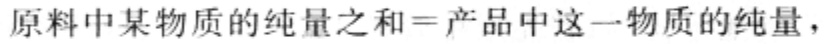
原料中某物质的纯量之和=产品中这一物质的纯量，